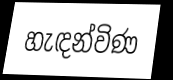
හැඳන්විණ